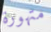
متهورة